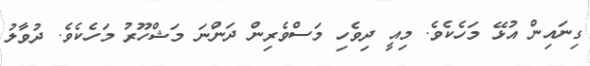
ގިނައިން އުޅޭ މަހެކެވެ. މިއީ ދިވެހި މަސްވެރިން ދަންނަ މަޝްހޫރު މަހެކެވެ. ދުވާލު